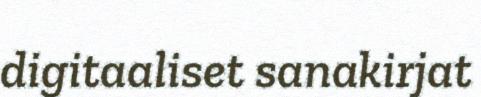
digitaaliset sanakirjat